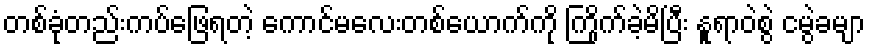
တစ်ခုံတည်းကပ်ဖြေရတဲ့ ကောင်မလေးတစ်ယောက်ကို ကြိုက်ခဲ့မိပြီး နူရာဝဲစွဲ ငမွဲခမျာ